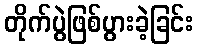
တိုက်ပွဲဖြစ်ပွားခဲ့ခြင်း